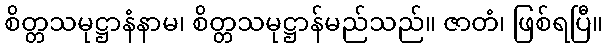
စိတ္တသမုဋ္ဌာနံနာမ၊ စိတ္တသမုဋ္ဌာန်မည်သည်။ ဇာတံ၊ ဖြစ်ရပြီ။